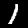
Label: 1